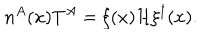
n ^ { A } ( x ) T ^ { A } = \xi ( x ) { \cal H } \xi ^ { \dagger } ( x ) .